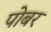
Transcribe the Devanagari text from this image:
पोबर